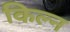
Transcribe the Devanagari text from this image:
किल्न